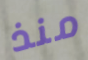
منذ